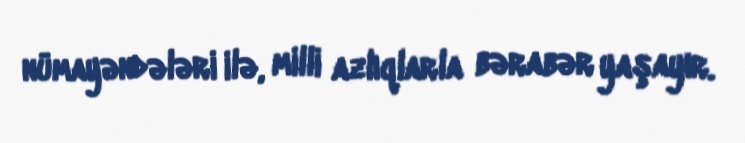
nümayəndələri ilə, milli azlıqlarla bərabər yaşayır.